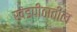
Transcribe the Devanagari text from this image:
खंडपीठातील